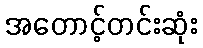
အတောင့်တင်းဆုံး